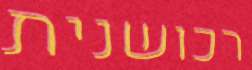
רכושנית